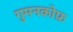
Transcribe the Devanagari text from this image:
गुमनकोफ़